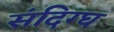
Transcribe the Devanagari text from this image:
संदिग्घ